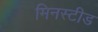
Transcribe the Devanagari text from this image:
मिनस्टीड